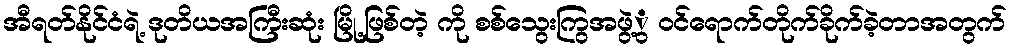
အီရတ်နိုင်ငံရဲ့ ဒုတိယအကြီးဆုံး မြို့ဖြစ်တဲ့ ကို စစ်သွေးကြွအဖွဲ့ွ ဝင်ရောက်တိုက်ခိုက်ခဲ့တာအတွက်